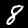
Label: 8